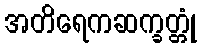
အတိရေကဆက္ခတ္တုံ